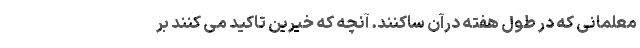
معلمانی که در طول هفته درآن ساکنند. آنچه که خیرین تاکید می کنند بر